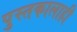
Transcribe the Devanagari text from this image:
पुस्तकालाही